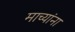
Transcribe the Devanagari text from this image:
माच्यांना